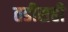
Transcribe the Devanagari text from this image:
तडीसही